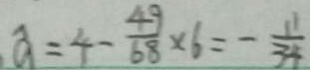
\widehat { a } = 4 - \frac { 4 9 } { 6 8 } \times 6 = - \frac { 1 1 } { 3 4 }